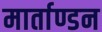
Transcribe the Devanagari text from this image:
मार्ताण्डन